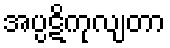
အပ္ပဋိကုလျတာ